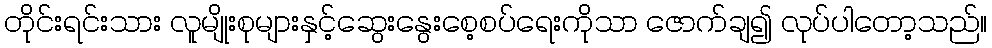
တိုင်းရင်းသား လူမျိုးစုများနှင့်ဆွေးနွေးစေ့စပ်ရေးကိုသာ ဇောက်ချ၍ လုပ်ပါတော့သည်။